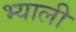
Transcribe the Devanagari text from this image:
भ्याली